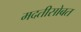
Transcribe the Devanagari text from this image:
मदतीसोबत